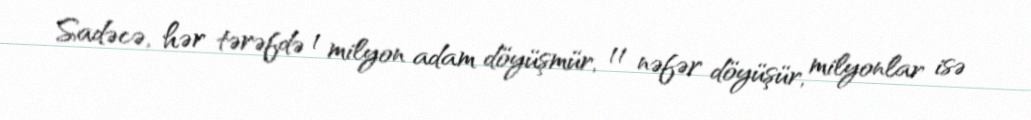
Sadəcə, hər tərəfdə 1 milyon adam döyüşmür, 11 nəfər döyüşür, milyonlar isə